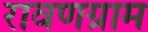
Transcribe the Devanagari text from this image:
रावणग्राम